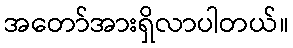
အတော်အားရှိလာပါတယ်။